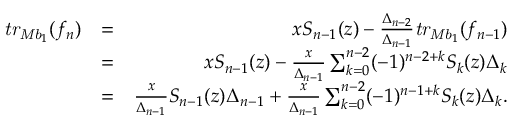
\begin{array} { r l r } { \mathit { t r } _ { \mathit { M b } _ { 1 } } ( f _ { n } ) } & { = } & { x S _ { n - 1 } ( z ) - \frac { \Delta _ { n - 2 } } { \Delta _ { n - 1 } } \mathit { t r } _ { \mathit { M b } _ { 1 } } ( f _ { n - 1 } ) } \\ & { = } & { x S _ { n - 1 } ( z ) - \frac { x } { \Delta _ { n - 1 } } \sum _ { k = 0 } ^ { n - 2 } ( - 1 ) ^ { n - 2 + k } S _ { k } ( z ) \Delta _ { k } } \\ & { = } & { \frac { x } { \Delta _ { n - 1 } } S _ { n - 1 } ( z ) \Delta _ { n - 1 } + \frac { x } { \Delta _ { n - 1 } } \sum _ { k = 0 } ^ { n - 2 } ( - 1 ) ^ { n - 1 + k } S _ { k } ( z ) \Delta _ { k } . } \end{array}